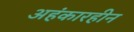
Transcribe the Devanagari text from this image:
अहंकारहीन